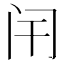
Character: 闬